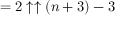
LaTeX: = 2 \uparrow \uparrow ( n + 3 ) - 3